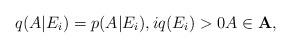
LaTeX: \begin{align*}q(A|E_i)=p(A|E_i), i q(E_i)>0 A\in {\bf A},\end{align*}